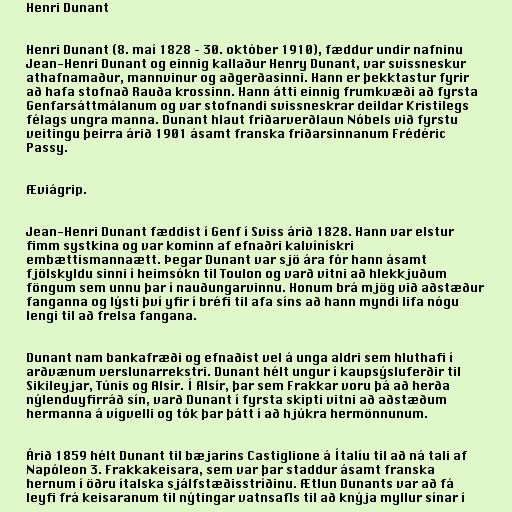
Henri Dunant

Henri Dunant (8. maí 1828 – 30. október 1910), fæddur undir nafninu
Jean-Henri Dunant og einnig kallaður Henry Dunant, var svissneskur
athafnamaður, mannvinur og aðgerðasinni. Hann er þekktastur fyrir
að hafa stofnað Rauða krossinn. Hann átti einnig frumkvæði að fyrsta
Genfarsáttmálanum og var stofnandi svissneskrar deildar Kristilegs
félags ungra manna. Dunant hlaut friðarverðlaun Nóbels við fyrstu
veitingu þeirra árið 1901 ásamt franska friðarsinnanum Frédéric
Passy.

Æviágrip.

Jean-Henri Dunant fæddist í Genf í Sviss árið 1828. Hann var elstur
fimm systkina og var kominn af efnaðri kalvínískri
embættismannaætt. Þegar Dunant var sjö ára fór hann ásamt
fjölskyldu sinni í heimsókn til Toulon og varð vitni að hlekkjuðum
föngum sem unnu þar í nauðungarvinnu. Honum brá mjög við aðstæður
fanganna og lýsti því yfir í bréfi til afa síns að hann myndi lifa nógu
lengi til að frelsa fangana.

Dunant nam bankafræði og efnaðist vel á unga aldri sem hluthafi í
arðvænum verslunarrekstri. Dunant hélt ungur í kaupsýsluferðir til
Sikileyjar, Túnis og Alsír. Í Alsír, þar sem Frakkar voru þá að herða
nýlenduyfirráð sín, varð Dunant í fyrsta skipti vitni að aðstæðum
hermanna á vígvelli og tók þar þátt í að hjúkra hermönnunum.

Árið 1859 hélt Dunant til bæjarins Castiglione á Ítalíu til að ná tali af
Napóleon 3. Frakkakeisara, sem var þar staddur ásamt franska
hernum í öðru ítalska sjálfstæðisstríðinu. Ætlun Dunants var að fá
leyfi frá keisaranum til nýtingar vatnsafls til að knýja myllur sínar í